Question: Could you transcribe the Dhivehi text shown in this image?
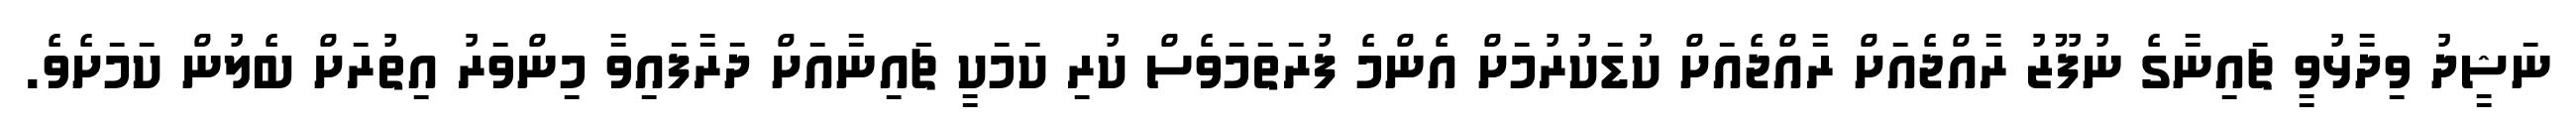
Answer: ނަޝީދު ވިދާޅުވީ ޗައިނާގެ ނުފޫޒު ރާއްޖެއަށް ރާއްޖެއަށް ކުޑަކުރުމަށް އެންމެ ފުރަތަމަވެސް ކުރި ކަމަކީ ޗަައިނާއަށް ދަރާފައިވާ މިންވަރު އިތުރަށް ބެލުން ކަމަށެވެ.